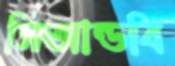
সিআন্ডবি